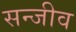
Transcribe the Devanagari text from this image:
सन्जीव